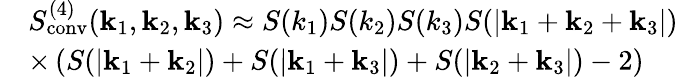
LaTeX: \begin{array}{rl}&{S_{\mathrm{conv}}^{(4)}(\textbf{k}_{1},\textbf{k}_{2},\textbf{k}_{3})\approx S(k_{1})S(k_{2})S(k_{3})S(|\mathbf{k}_{1}+\mathbf{k}_{2}+\mathbf{k}_{3}|)}\\ &{\times\left(S(|\textbf{k}_{1}+\textbf{k}_{2}|)+S(|\textbf{k}_{1}+\textbf{k}_{3}|)+S(|\textbf{k}_{2}+\textbf{k}_{3}|)-2\right)}\end{array}